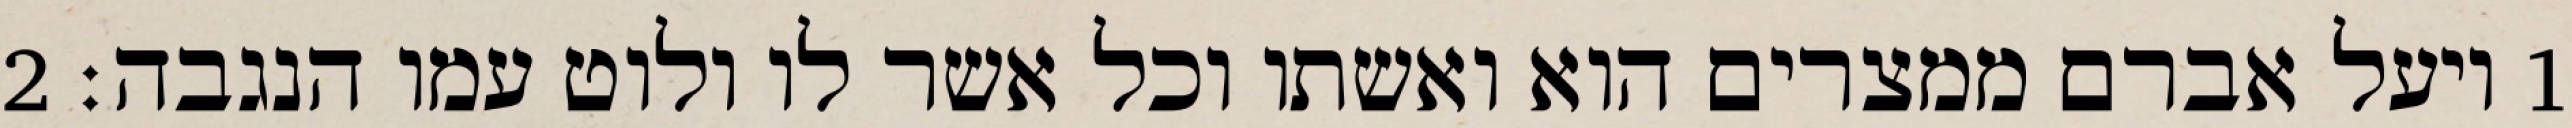
1 ויעל אברם ממצרים הוא ואשתו וכל אשר לו ולוט עמו הנגבה׃ ‎2‏